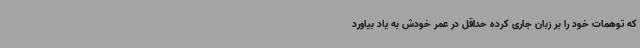
که توهمات خود را بر زبان جاری کرده حداقل در عمر خودش به یاد بیاورد